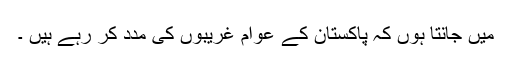
میں جانتا ہوں کہ پاکستان کے عوام غریبوں کی مدد کر رہے ہیں ۔